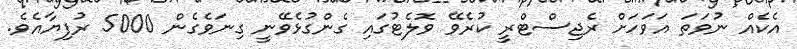
އެކެއް ނުވަތަ އަވަހަށް ރެޖިސްޓްރީ ކުރެވޭ ވޮލެޓުގައި ގެންގުޅެވޭނީ ގިނަވެގެން 5000 ރުފިޔާއެވެ.